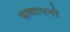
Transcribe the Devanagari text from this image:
सत्यापनों